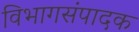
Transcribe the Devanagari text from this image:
विभागसंपादक